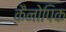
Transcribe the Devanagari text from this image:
कैनोपिक